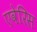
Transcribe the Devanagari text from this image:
एवेरिस